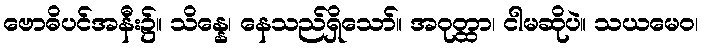
ဗောဓိပင်အနီး၌။ သိန္နေ၊ နေသည်ရှိသော်။ အဝုတ္ထာ၊ ငါမဆိုပဲ။ သယမေဝ၊